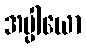
အပ္ပါယော